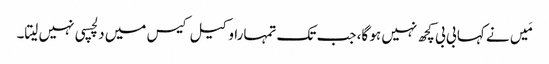
مَیں نے کہا بی بی کچھ نہیں ہو گا، جب تک تمہارا وکیل کیس میں دلچسپی نہیں لیتا۔